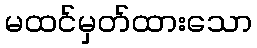
မထင်မှတ်ထားသော